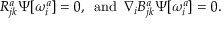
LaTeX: R _ { j k } ^ { a } \Psi [ \omega _ { i } ^ { a } ] = 0 , \enspace \mathrm { a n d } \enspace \nabla _ { i } B _ { j k } ^ { a } \Psi [ \omega _ { i } ^ { a } ] = 0 .